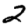
Digit: 2